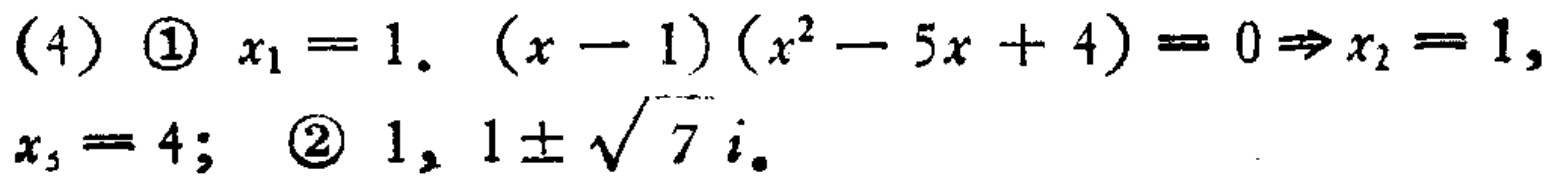
(4) \textcircled{1} \(x_1 = 1\). \((x - 1)(x^2 - 5x + 4)=0\Rightarrow x_2 = 1,\)
\(x_3 = 4;\) \textcircled{2} \(1,1\pm\sqrt{7}i\).